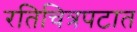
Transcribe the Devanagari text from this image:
रतिचित्रपटात